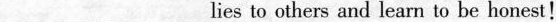
___ ___lies to others and learn to be honest!